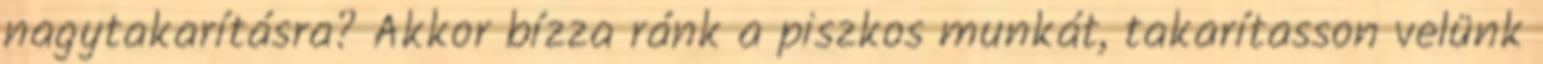
nagytakarításra? Akkor bízza ránk a piszkos munkát, takarítasson velünk